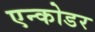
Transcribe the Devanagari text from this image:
एन्कोडर